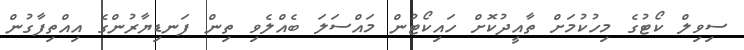
ސިވިލް ކޯޓުގެ މިހުކުމަށް ތާއީދުކޮށް ހައިކޯޓުން މައްސަލަ ބެއްލެވި ތިން ފަނޑިޔާރުންގެ އިއްތިފާގުން